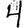
Digit: 4